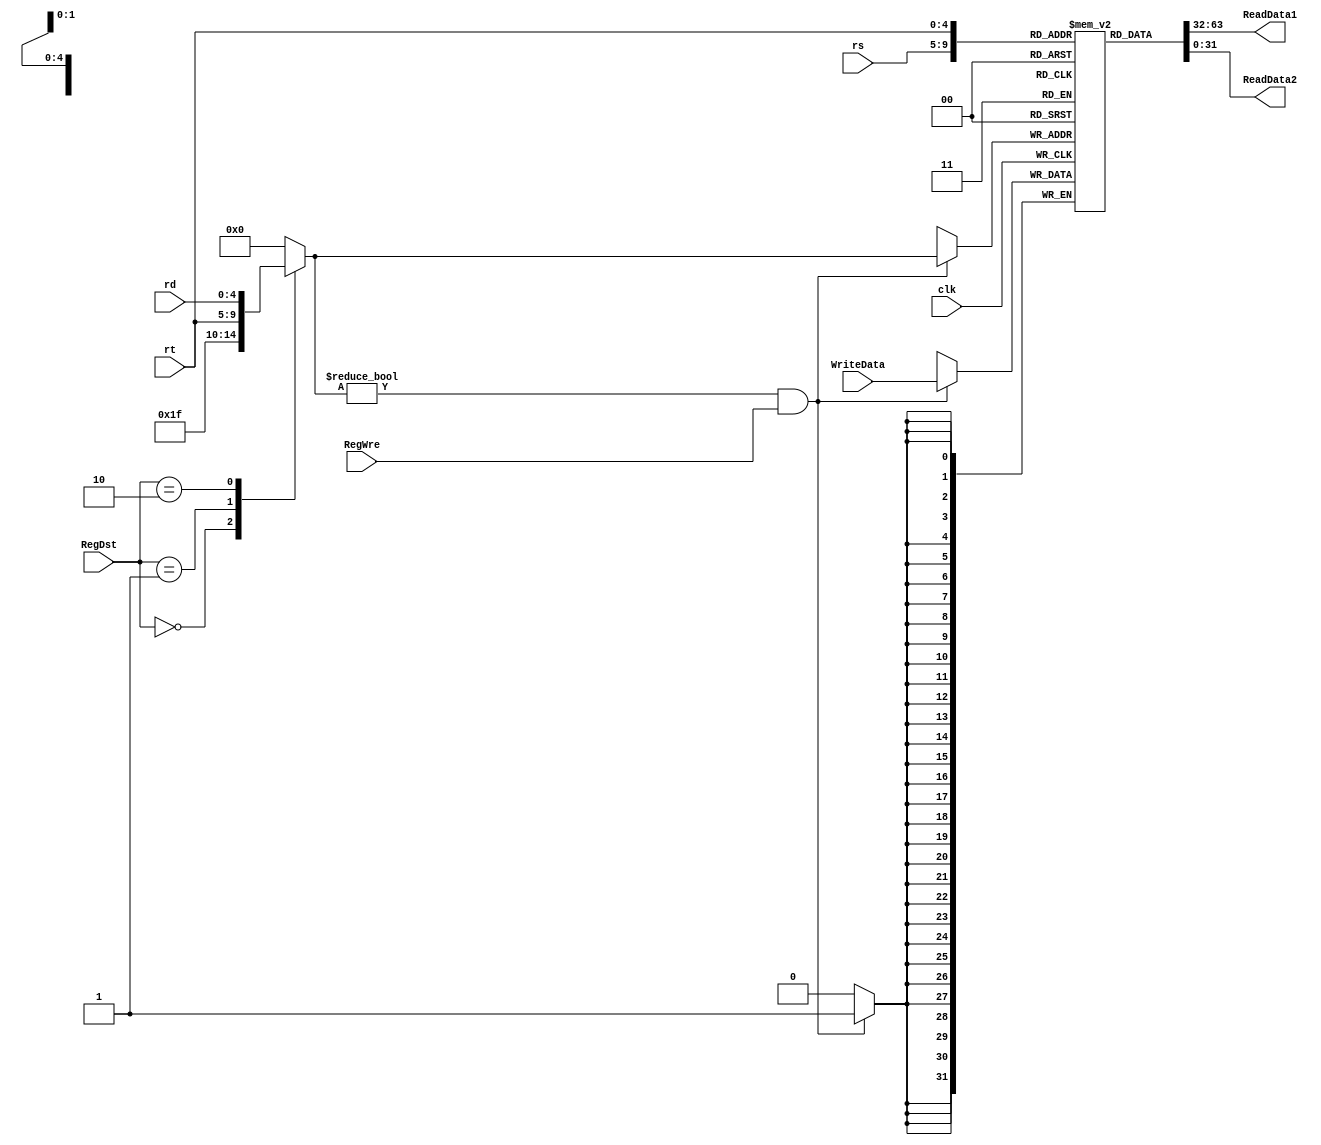
`timescale 1ns / 1ps
//////////////////////////////////////////////////////////////////////////////////
// Company: 
// Engineer: 
// 
// Design Name: 
// Module Name: RegisterFile
// Project Name: 
// Target Devices: 
// Tool Versions: 
// Description: 
// 
// Dependencies: 
// 
// Revision:
// Revision 0.01 - File Created
// Additional Comments:
// 
//////////////////////////////////////////////////////////////////////////////////


module RegisterFile(
    input clk,
    input RegWre,
    input [1:0] RegDst,
    input [4:0] rs,
    input [4:0] rt,
    input [4:0] rd,
    input [31:0] WriteData,
    output [31:0] ReadData1,
    output [31:0] ReadData2
    );
    // 
    reg [31:0] registers[31:0];
    integer i;
    reg [4:0] WriteReg; // 
    
    // Initialize the registers
    initial begin
        for(i = 0; i < 32; i=i+1)
            registers[i] <= 0;
    end
    
    // 
    always @(RegDst or rt or rd) begin
        case(RegDst)
        2'b00: WriteReg = 5'b11111;
        2'b01: WriteReg = rt;
        2'b10: WriteReg = rd;
        default: WriteReg = 0;
        endcase
    end
    
    // Read
    assign ReadData1 = registers[rs];
    assign ReadData2 = registers[rt];
    
    // Write
    always @(negedge clk) begin
    // assign WriteData = (WrRegDSrc ? MemData : PC4);
        if ((WriteReg != 0) && (RegWre == 1))
            registers[WriteReg] <= WriteData;
    end
    
endmodule